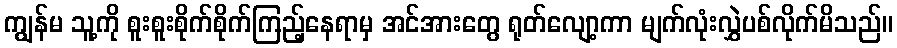
ကျွန်မ သူ့ကို စူးစူးစိုက်စိုက်ကြည့်နေရာမှ အင်အားတွေ ရုတ်လျော့ကာ မျက်လုံးလွှဲပစ်လိုက်မိသည်။